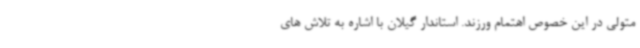
متولی در این خصوص اهتمام ورزند. استاندار گیلان با اشاره به تلاش های